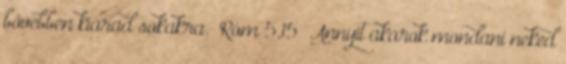
bővebben kiárad sokakra.” Róm 5,15 „Annyit akarok mondani neked